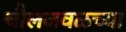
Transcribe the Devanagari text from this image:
चौलजवळच्या